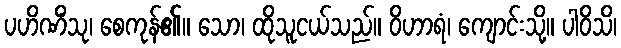
ပဟိဏိံသု၊ စေကုန်၏။ သော၊ ထိုသူငယ်သည်။ ဝိဟာရံ၊ ကျောင်းသို့။ ပါဝိသိ၊